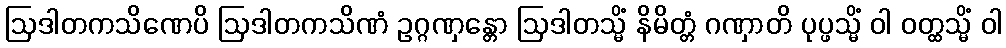
ဩဒါတကသိဏေပိ ဩဒါတကသိဏံ ဥဂ္ဂဏှန္တော ဩဒါတသ္မိံ နိမိတ္တံ ဂဏှာတိ ပုပ္ဖသ္မိံ ဝါ ဝတ္ထသ္မိံ ဝါ